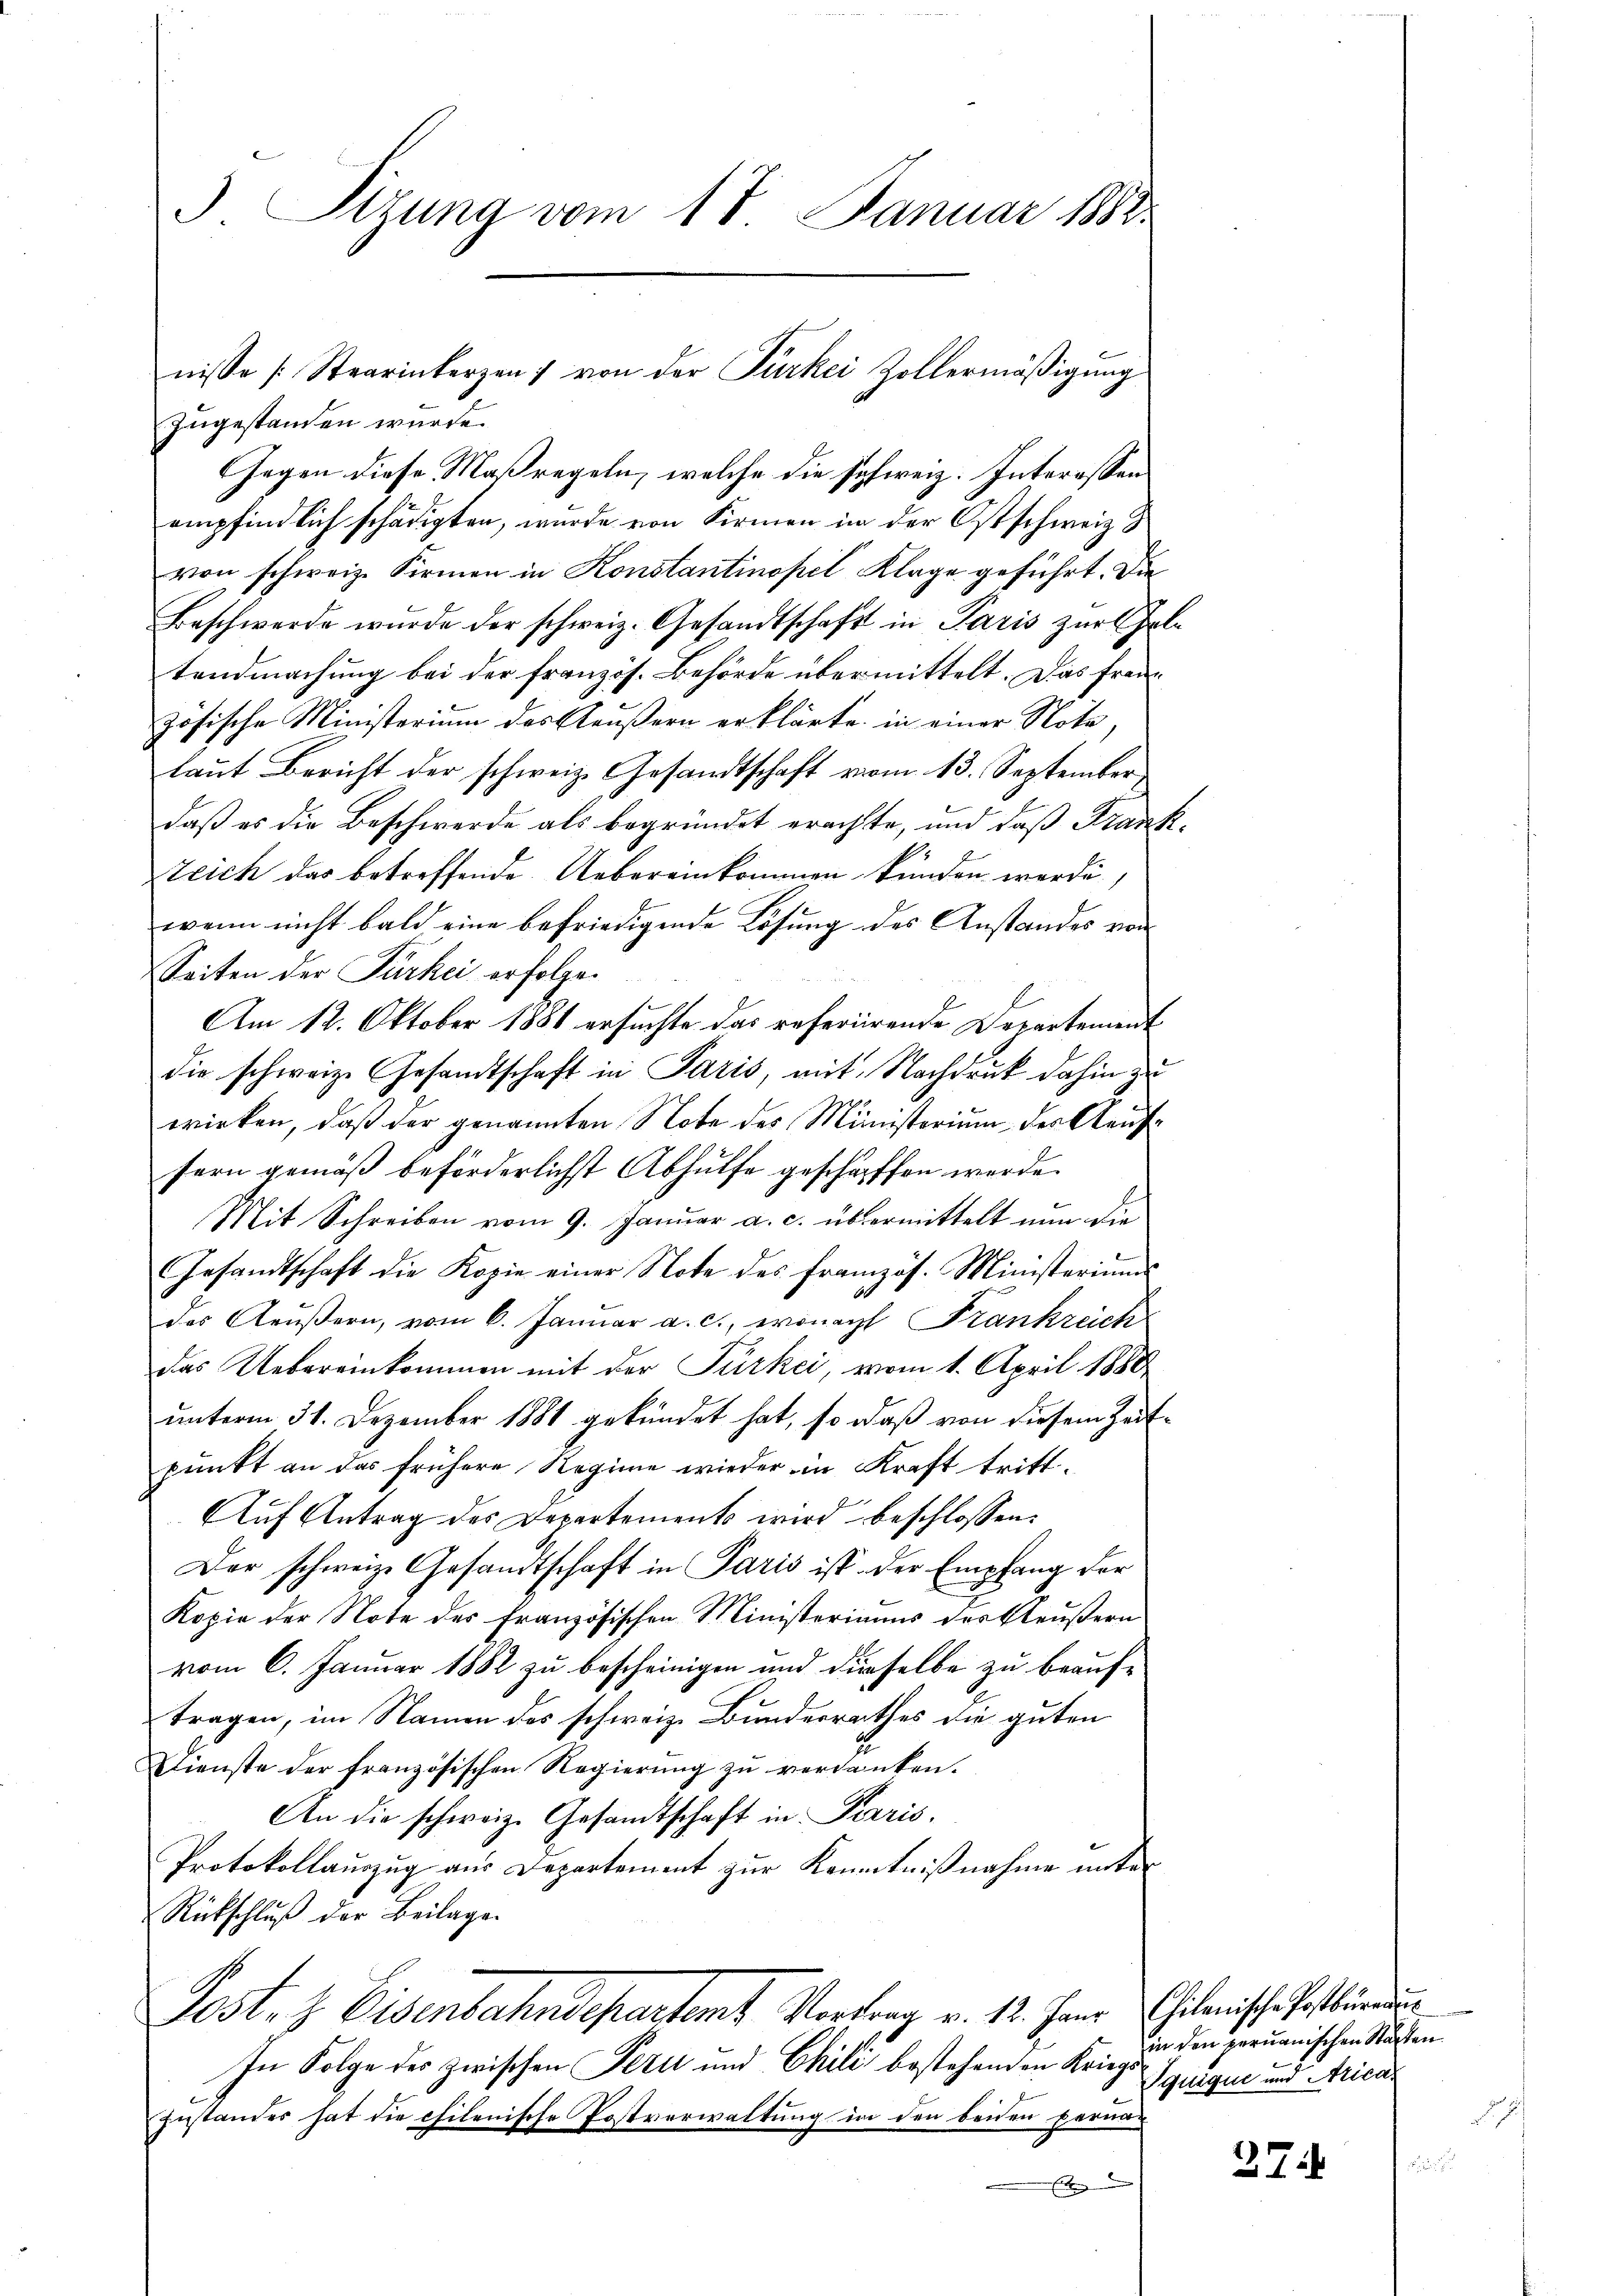
Sizung vom 17. Januar 1888

zugestanden wurde.
GGegen diese Maßregeln, welche die schweiz. Interessen
empfindlich schädigten, wurde von Firmen in der Ostschweiz &
von schweiz. Firmen in Konstantinopel Klage geführt. Die
Beschwerde wurde der schweiz. Gesandtschaft in Paris zur Erle
tendmachung bei der französ. Behörde übermittelt. Das freuzösische Ministerium des Aeußern erklärte in einer Note
laut Bericht der schweiz. Gesandtschaft vom 13. September
daß es die Beschwerde als begründet erachte, und daß Frank¬
Zeich das betreffende Uebereinkommen kunden werde,
wenn nicht bald eine befriedigende Lösung des Anstandes von
Seiten der Türkei erfolgen
Am 12. Oktober 1881 ersuchte das referierende Departement
die schweize Gesandtschaft in Paris, mit Nachdruck dahin zu
wirken, daß der genannten Note des Ministerium des Kaufe
fern gemäß beförderlichst Abhülfe geschaffen werde.
Mit Schreiben vom 9. Januar a. c. übermittelt nun die
Gesandtschaft die Kopie einer Note des französ. Ministeriums
des Aeußern, vom 6. Januar a. c., wonach Frankreich
das Uebereinkommen mit der Türkei, vom 1. April 1888
unterm 31. Dezember 1881 gekündet hat, so daß von diesem Zeitpunkt an das frühere Regiere wieder in Kraft tritt
Auf Antrag des Departements wird beschlossen:
Der schweiz. Gesandtschaft in Paris ist der Empfang der
Kopie der Note des französischen Ministeriaums des Bleußern
vom 6. Januar 1882 zu bescheinigen und dieselbe zu beauftragen, im Namen des schweiz. Bundesrathes die guten
Dienste der französischen Regierung zu verdanken.
An die schweiz. Gesandtschaft in Paris.
Protokollauszug aus Departement zur Kenntnißnahme unter
Rückschlŭβ der Beilage.
Postez Eisenbahndepartemt Vortrag v. 12. Janr Chikanische Postbür
In Folge der zwischen Fern und Chili bestehenden Kriegs-Squigue und Arica¬
Zustandes hat die chilenische Postverwaltung in den beiden Berna-
.

nisse [Stearinkerzen 7 von der Türkei Zollermäßigung

in den peruanischen Staaten

27.

.